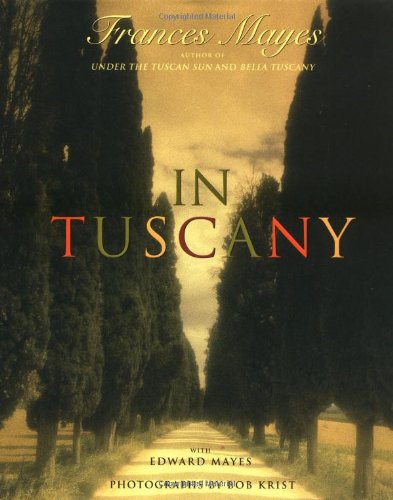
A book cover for In Tuscany; Frances Mayes; History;